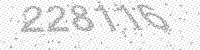
Solution: 228116